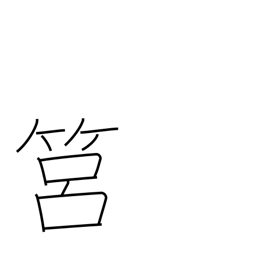
Meaning: round basket